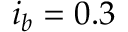
i _ { b } = 0 . 3